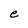
Character: e